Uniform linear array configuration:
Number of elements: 4
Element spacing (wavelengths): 1
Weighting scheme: hamming
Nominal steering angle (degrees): -15
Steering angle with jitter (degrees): -16.159
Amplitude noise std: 0.05
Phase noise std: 0.05

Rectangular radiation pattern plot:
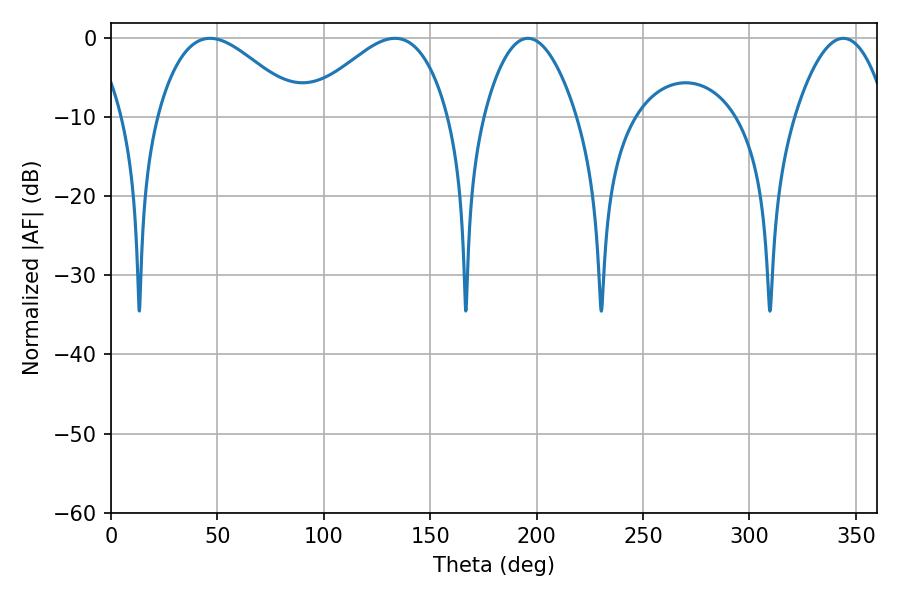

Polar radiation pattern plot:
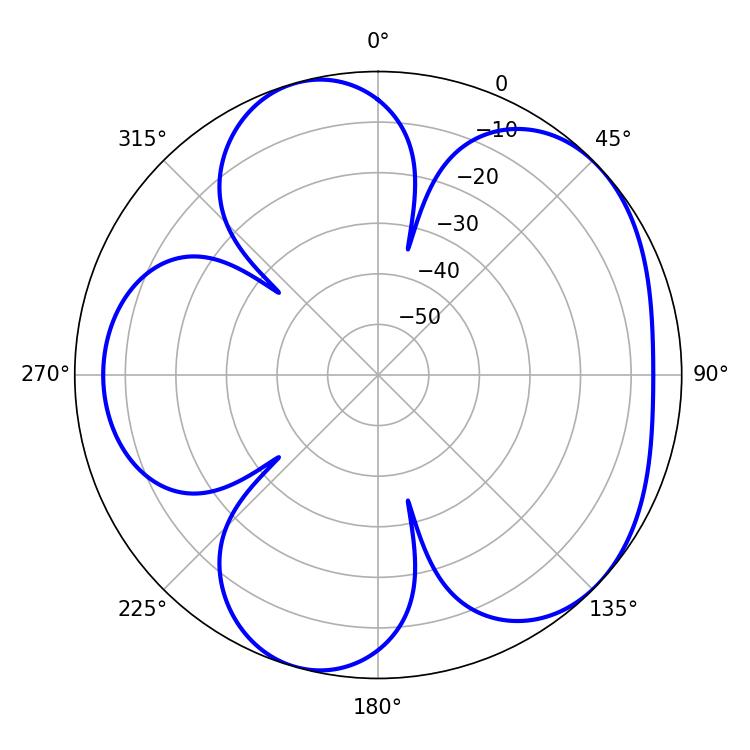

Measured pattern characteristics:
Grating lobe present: TRUE
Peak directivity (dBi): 5.031
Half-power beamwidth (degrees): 36.18
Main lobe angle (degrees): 46.62